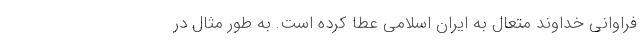
فراوانی خداوند متعال به ایران اسلامی عطا کرده است. به طور مثال در